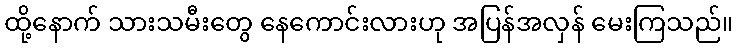
ထို့နောက် သားသမီးတွေ နေကောင်းလားဟု အပြန်အလှန် မေးကြသည်။